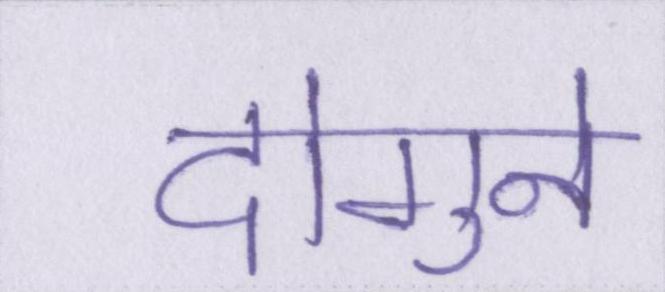
दोगुने